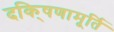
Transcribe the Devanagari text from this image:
दकि्षणामूर्ति